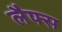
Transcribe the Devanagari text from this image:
लैफ्स